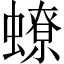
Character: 蟟